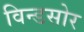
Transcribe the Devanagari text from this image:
विन्डसोर